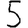
Digit: 5